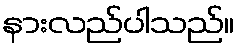
နားလည်ပါသည်။